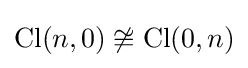
\mathrm {Cl} (n,0)\not \cong \mathrm {Cl} (0,n)